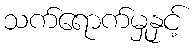
သက်ရောက်မှုနှင့်